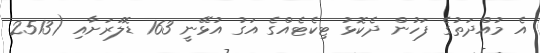
އެ މުއްދަތުގެ ފަހުން ދެކޮޅު ޓިކެޓެއްގެ އަގު އުޅޭނީ 163 ޑޮލަރަށާއި (2513